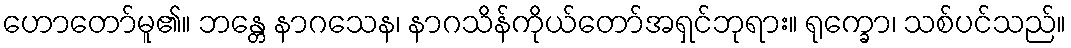
ဟောတော်မူ၏။ ဘန္တေ နာဂသေန၊ နာဂသိန်ကိုယ်တော်အရှင်ဘုရား။ ရုက္ခော၊ သစ်ပင်သည်။